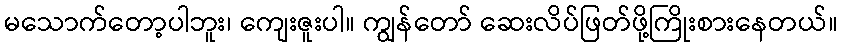
မသောက်တော့ပါဘူး၊ ကျေးဇူးပါ။ ကျွန်တော် ဆေးလိပ်ဖြတ်ဖို့ကြိုးစားနေတယ်။